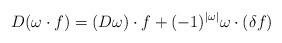
LaTeX: \begin{align*}D(\omega\cdot f)=(D\omega)\cdot f+(-1)^{|\omega|}\omega \cdot (\delta f)\end{align*}